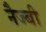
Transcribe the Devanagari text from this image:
नैज्बी